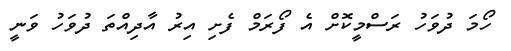
ހޯމަ ދުވަހު ރަސްމީކޮށް އެ ފޯރަމް ފެށި އިރު އާދިއްތަ ދުވަހު ވަނީ